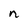
Character: n